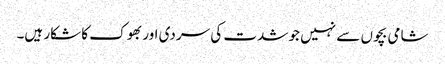
شامی بچوں سے نہیں جو شدت کی سردی اور بھوک کا شکار ہیں۔